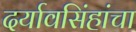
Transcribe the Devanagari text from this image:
दर्यावसिंहांचा